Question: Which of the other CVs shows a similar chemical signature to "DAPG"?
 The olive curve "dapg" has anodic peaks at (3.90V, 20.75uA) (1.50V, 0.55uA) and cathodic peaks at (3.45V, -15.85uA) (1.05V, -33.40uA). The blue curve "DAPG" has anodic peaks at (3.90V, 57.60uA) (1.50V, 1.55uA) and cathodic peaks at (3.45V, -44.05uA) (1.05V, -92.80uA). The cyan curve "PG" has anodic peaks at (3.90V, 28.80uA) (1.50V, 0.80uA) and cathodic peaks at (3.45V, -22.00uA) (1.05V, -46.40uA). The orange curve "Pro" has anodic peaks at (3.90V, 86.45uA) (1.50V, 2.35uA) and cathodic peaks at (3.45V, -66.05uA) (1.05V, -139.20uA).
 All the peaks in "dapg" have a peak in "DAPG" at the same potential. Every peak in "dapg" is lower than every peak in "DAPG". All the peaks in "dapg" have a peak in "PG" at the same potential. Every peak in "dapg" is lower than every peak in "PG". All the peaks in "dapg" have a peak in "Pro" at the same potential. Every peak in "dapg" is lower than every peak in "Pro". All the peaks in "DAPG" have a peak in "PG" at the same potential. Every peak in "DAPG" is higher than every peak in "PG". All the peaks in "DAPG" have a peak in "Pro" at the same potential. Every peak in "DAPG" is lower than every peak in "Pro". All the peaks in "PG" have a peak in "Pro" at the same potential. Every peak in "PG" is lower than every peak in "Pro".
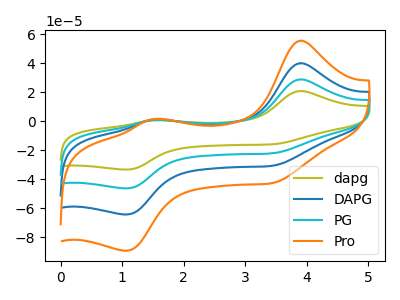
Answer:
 <answer>"DAPG", "PG" and "Pro" have a similar shape to "dapg".</answer>
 <eval>"DAPG" "PG" "Pro"</eval>